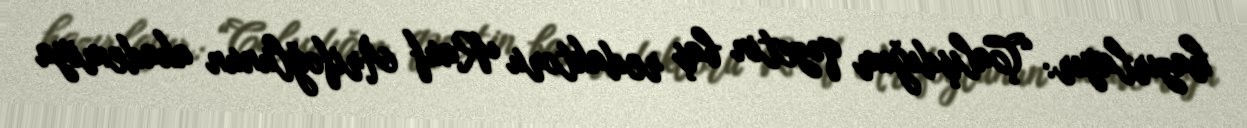
hazırlayır: “Çalışdığım qəzetin baş redaktoru Rauf Arifoğlunun akademiya